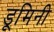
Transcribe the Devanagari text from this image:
डूमिनी